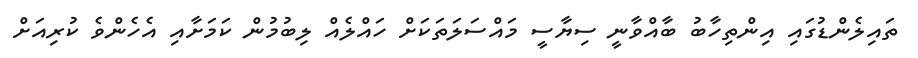
ތައިލެންޑުގައި އިންތިހާބު ބާއްވާނީ ސިޔާސީ މައްސަލަތަކަށް ހައްލެއް ލިބުމުން ކަމަށާއި އެހެންވެ ކުރިއަށް